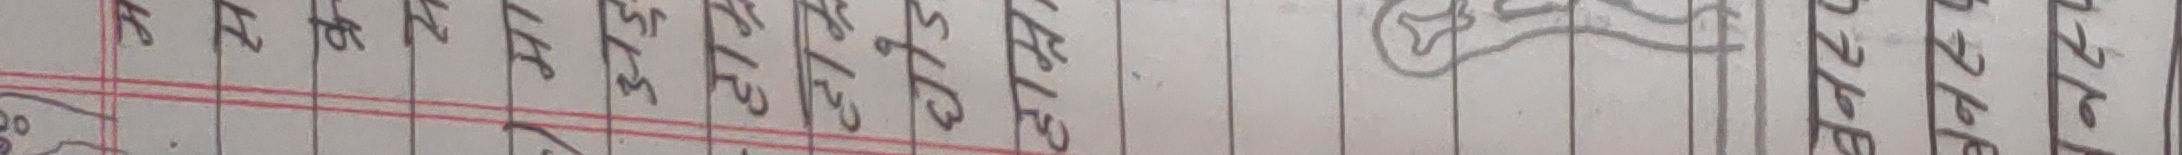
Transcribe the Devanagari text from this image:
२०
४ ८ ५ ३ ७ १ ६ ०
त्त ट्ट स्ट स्ट्र स्क स्फ स्ल स्स
२१ २२ २३ २४ २५ २६ २७ २८
२६
२७
२८
२९
३०
३१
३२
३३
३४